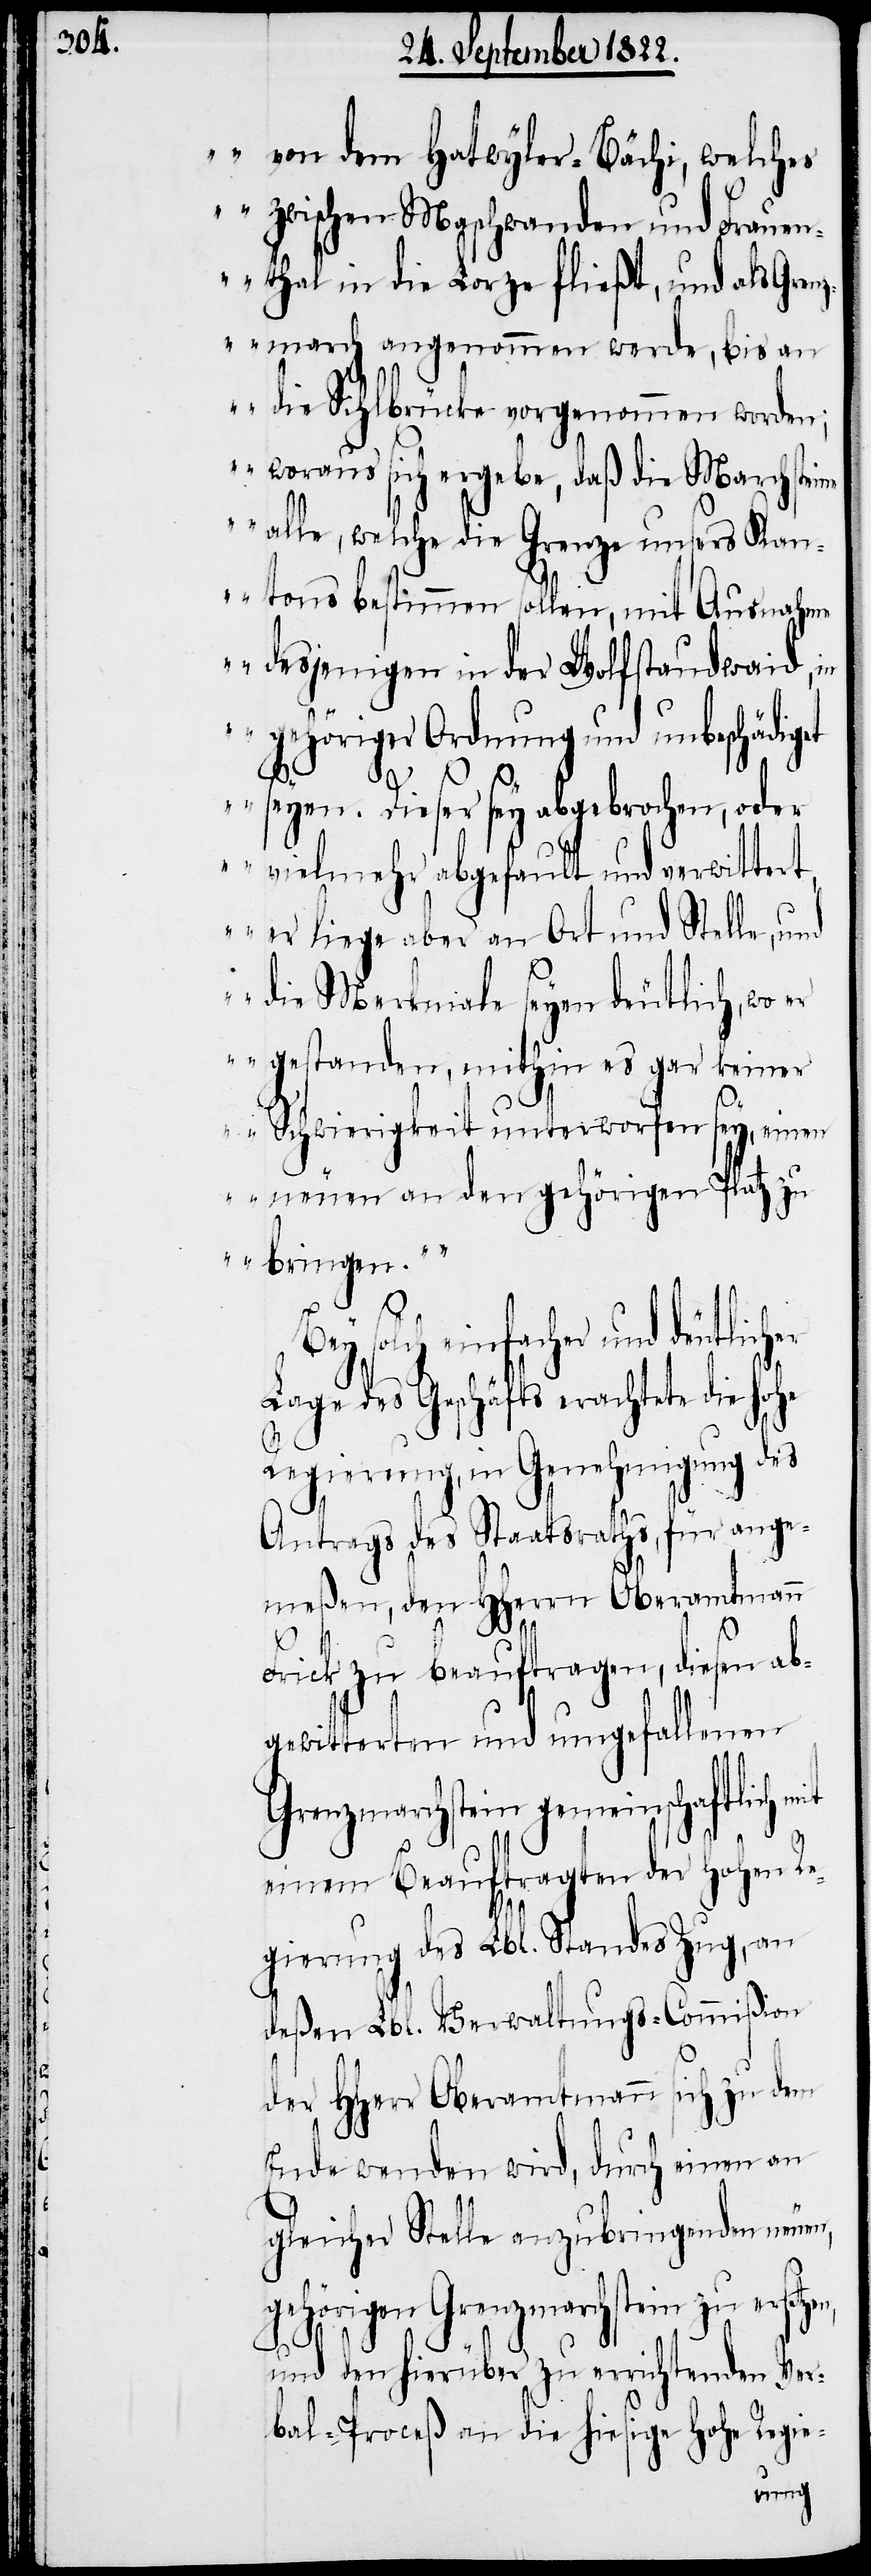
von dem Hatwyler-Bächi, welches
zwischen Maschwanden und Frauen¬
thal in die Lorze fließt, und als Gren¬
zmarch angenommen werde, bis an
die Sihlbrücke vorgenommen worden;
woraus sich ergebe, daß die Marchsteine
alle, welche die Grenze unsers Kan¬
tons bestimmen sollen, mit Ausnahme
desjenigen in der Wolfstaudwaid, in
gehöriger Ordnung und unbeschädiget
seyen. Dieser sey abgebrochen, oder
vielmehr abgefault und verwittert,
er liege aber an Ort und Stelle, und
die Merkmale seyen deutlich, wo
er gestanden, mithin es gar keiner
Schwierigkeit unterworfen sey, einen
neuen an den gehörigen Platz zu
bringen.“
er und deutlicher
Lage des Geschäfts erachtete die Hohe
Regierung, in Genehmigung des
Antrags des Staatsraths, für ange¬
meßen, den HHerrn Oberamtmann
n,
Frick zu beauftragen, diesen ab¬
gewitterten und umgefallenen
Grenzmarchstein gemeinschaftlich
einem Beauftragten der Hohen Re¬
gierung des Lbl. Standes Zug, an
deßen Lbl. Verwaltungs-Commißion
der HHerr Oberamtmann sich zu dem
Ende wenden wird, durch einen an
gleicher Stelle anzubringenden neue¬
gehörigen Grenzmarchstein zu ersetze¬
und den hierüber zu errichtenden Ver¬
bal-Prozeß an die hiesige Hohe Regie-